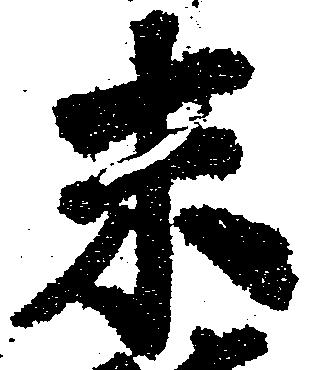
未